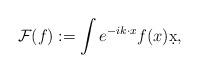
LaTeX: \begin{align*} \mathcal{F} ( f) := \int e^{ - i k \cdot x} f ( x) \d x,\end{align*}